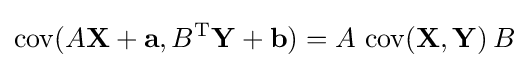
\operatorname {cov} (A\mathbf {X} +\mathbf {a} ,B^{\rm {T}}\mathbf {Y} +\mathbf {b} )=A\,\operatorname {cov} (\mathbf {X} ,\mathbf {Y} )\,B